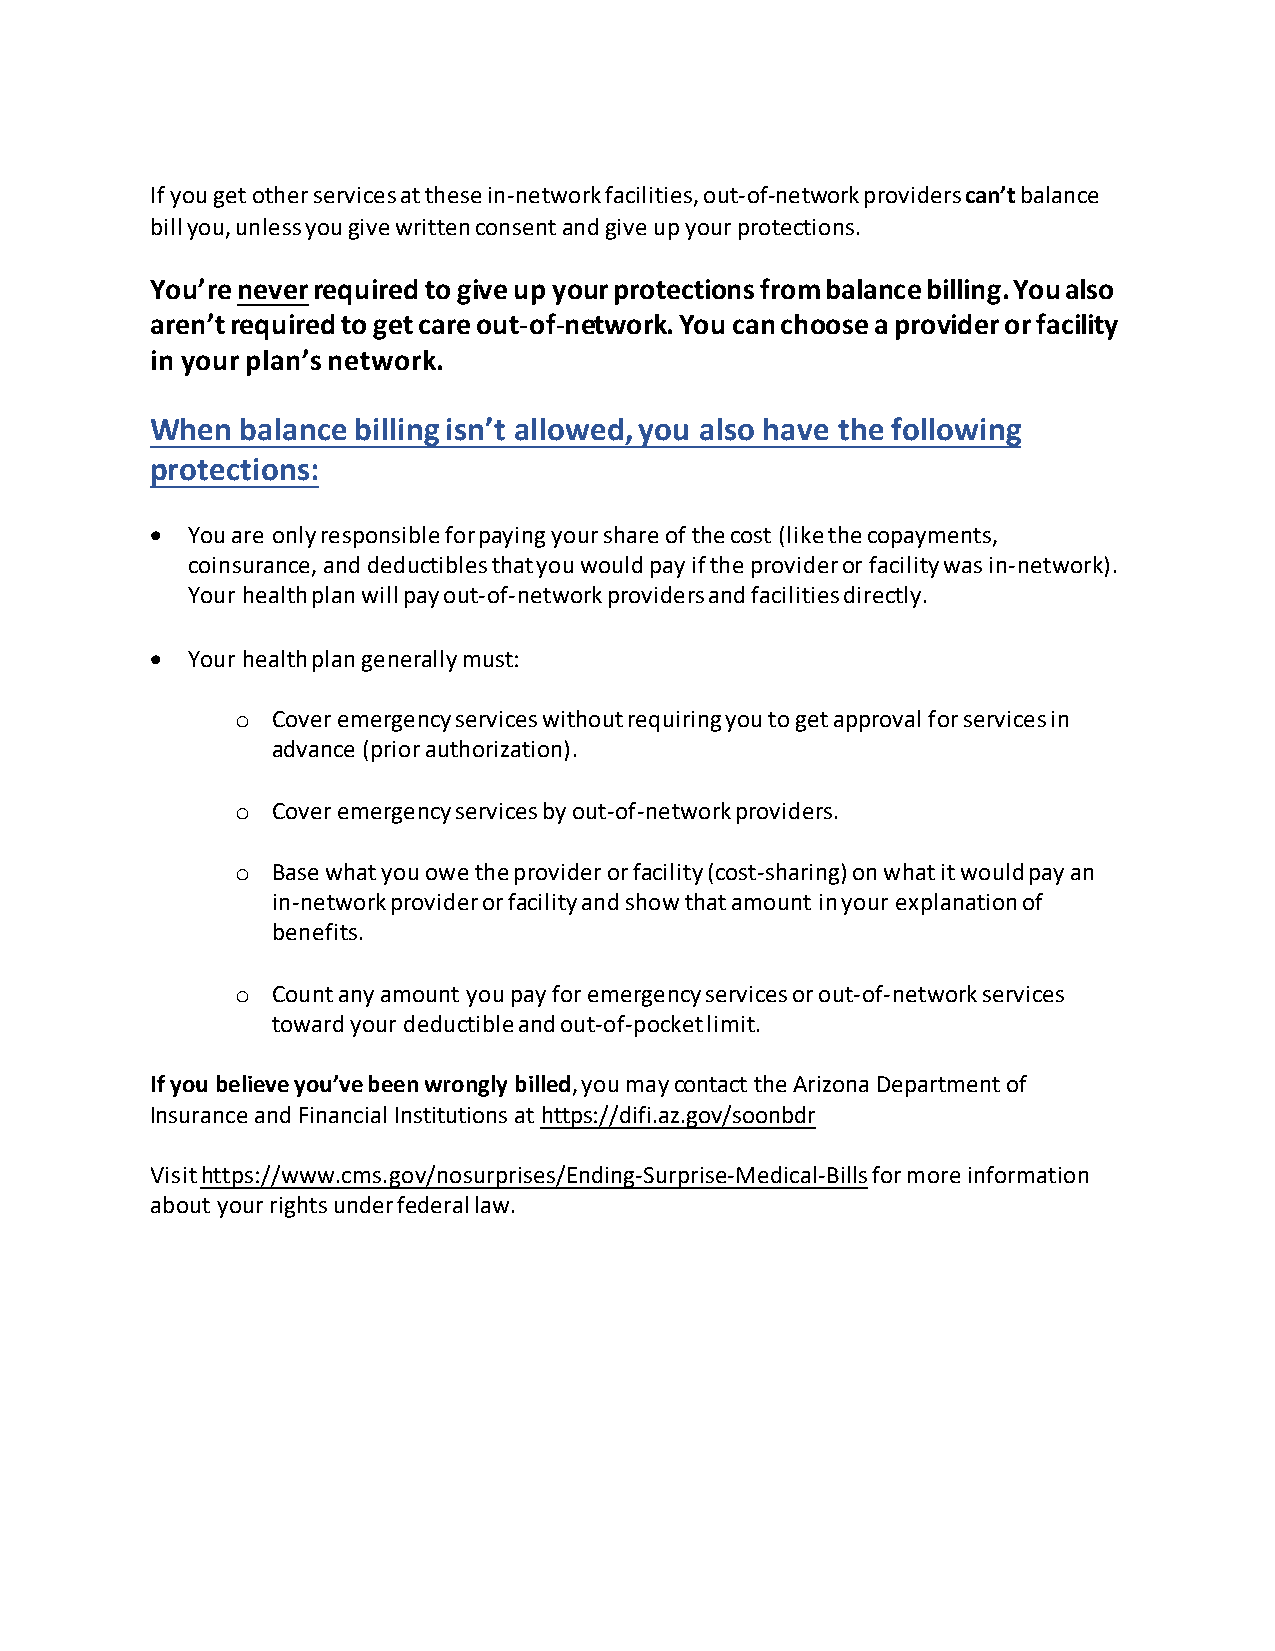
If you get other services at these in-network facilities, out-of-network providers can’t balance
 bill you, unless you give written consent and give up your protections.
 You’re never required to give up your protections from balance billing. You also
 aren’t required to get care out-of-network. You can choose a provider or facility
 in your plan’s network.
 When  balance billing isn’t allowed, you also have the following
 protections:
 • You are only responsible for paying your share of the cost (like the copayments,
 coinsurance, and deductibles that you would pay if the provider or facility was in-network).
 Your health plan will pay out-of-network providers and facilities directly.
 • Your health plan generally must:
 Cover emergency services without requiring you to get approval for services in
 o
 advance (prior authorization).
 Cover emergency services by out-of-network providers.
 o
 Base what you owe the provider or facility (cost-sharing) on what it would pay an
 o
 in-network provider or facility and show that amount in your explanation of
 benefits.
 Count any amount you pay for emergency services or out-of-network services
 o
 toward your deductible and out-of-pocket limit.
 If you believe you’ve been wrongly billed, you may contact the Arizona Department of
 Insurance and Financial Institutions at https://difi.az.gov/soonbdr
 Visit https://www.cms.gov/nosurprises/Ending-Surprise-Medical-Bills for more information
 about your rights under federal law.